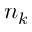
n _ { k }